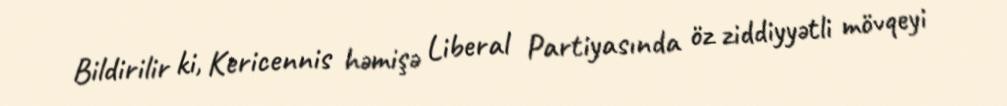
Bildirilir ki, Kericennis həmişə Liberal Partiyasında öz ziddiyyətli mövqeyi